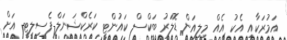
އަމުރަކާއި އެކު އެއް މިލިއަން ޑޮލަރު ބަކްސް ކައުންޓީ ކަރެކްޝަނަލް ފެސިލިޓީ އަށް